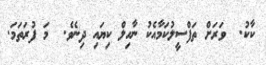
ކާކު.  ވަރަށް ތަފްސީލުކަމާއެކު ނާހިލް ކިޔައި ދިނެވެ.  މަ ފުރަތަމަ.